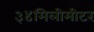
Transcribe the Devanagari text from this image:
३४मिलीमीटर